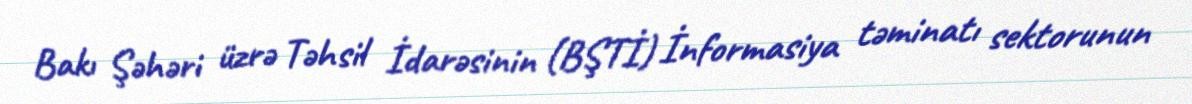
Bakı Şəhəri üzrə Təhsil İdarəsinin (BŞTİ) İnformasiya təminatı sektorunun